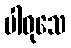
ပါဝုသေ